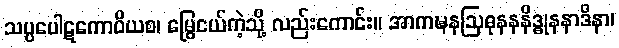
သပ္ပပေါဋကောဝိယစ၊ မြွေငယ်ကဲ့သို့ လည်းကောင်း။ အာကဍ္ဎနဩဓုနနနိဒ္ဓုနနာဒိနာ၊